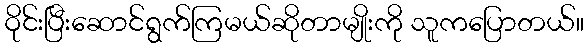
ဝိုင်းပြီးဆောင်ရွက်ကြမယ်ဆိုတာမျိုးကို သူကပြောတယ်။